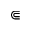
\Subset